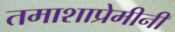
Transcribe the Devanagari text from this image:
तमाशाप्रेमीनी